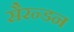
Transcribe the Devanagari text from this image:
सैरन्डन